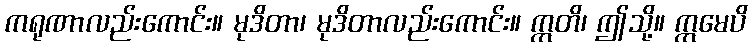
ကရုဏာလည်းကောင်း။ မုဒိတာ၊ မုဒိတာလည်းကောင်း။ ဣတိ၊ ဤသို့။ ဣမေပိ